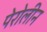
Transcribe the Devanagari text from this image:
पेरोलीन